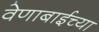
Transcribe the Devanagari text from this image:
वेणाबाईच्या